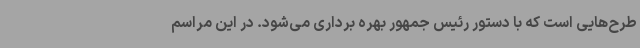
طرح‌هایی است که با دستور رئیس جمهور بهره برداری می‌شود. در این مراسم